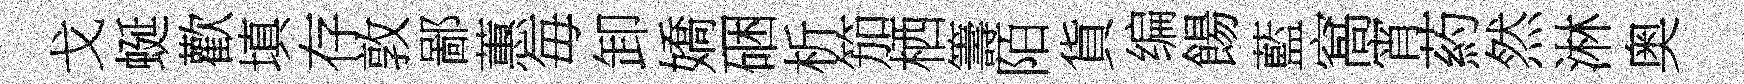
戈蜒歡填存敦鄙蕙毎卸嬌硱析笳栖籌陌貨编餳藍窩宵葯然淋奥